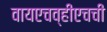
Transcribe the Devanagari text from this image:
वायएचव्हीएचची